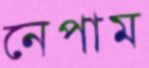
নেপাম